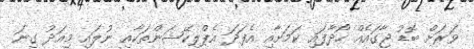
ވަރަށް ބޮޑު ޖާގައެއް ހޯދާފައި ކަމަށާއި އެފަދަ އެޕްލިކޭޝަންތަކާއި ނުލައި މިއަދު ގިނަ